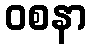
ဝစနာ